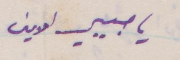
يا حبيبي امين